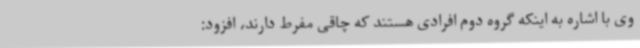
وی با اشاره به اینکه گروه دوم افرادی هستند که چاقی مفرط دارند، افزود: